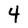
Character: 4